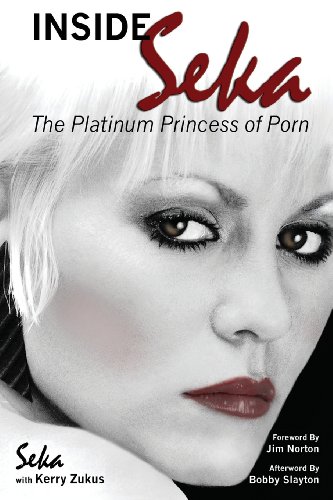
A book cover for Inside Seka; Seka; Politics & Social Sciences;